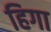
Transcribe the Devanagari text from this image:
हिगा